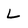
Character: L